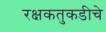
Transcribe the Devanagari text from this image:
रक्षकतुकडीचे